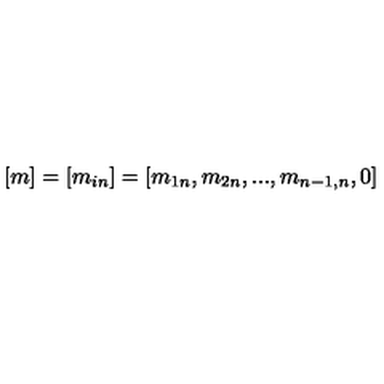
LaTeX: [ m ] = [ m _ { i n } ] = [ m _ { 1 n } , m _ { 2 n } , . . . , m _ { { n - 1 } , n } , 0 ]